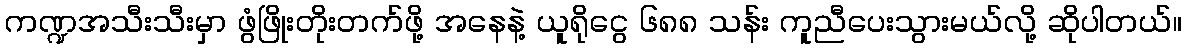
ကဏ္ဍအသီးသီးမှာ ဖွံဖြိုးတိုးတက်ဖို့ အနေနဲ့ ယူရိုငွေ ၆၈၈ သန်း ကူညီပေးသွားမယ်လို့ ဆိုပါတယ်။